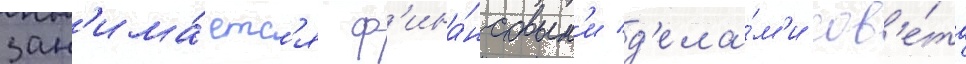
Зан'има́етс'я ф'ина́нсовым'и д'ела́м'и сов'е́та